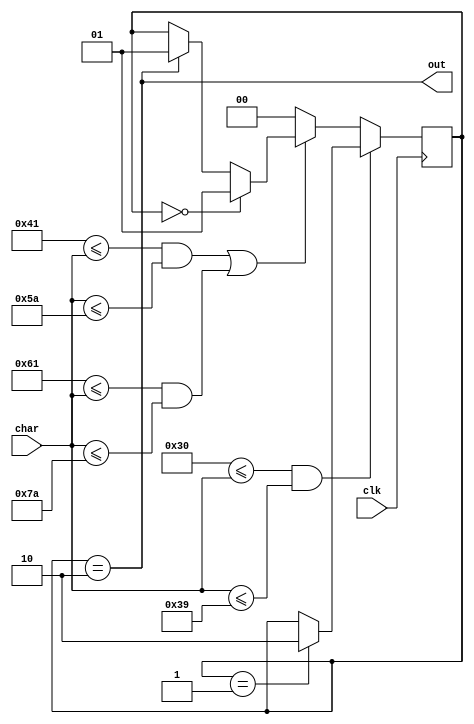
`timescale 1ns / 1ps
//////////////////////////////////////////////////////////////////////////////////
// Company: 
// Engineer: 
// 
// Design Name: 
// Module Name:    id_fsm 
// Project Name: 
// Target Devices: 
// Tool versions: 
// Description: 
//
// Dependencies: 
//
// Revision: 
// Revision 0.01 - File Created
// Additional Comments: 
//
//////////////////////////////////////////////////////////////////////////////////
`define S0 2'b00
`define S1 2'b01
`define S2 2'b10
module id_fsm(
		input [7:0] char,
		input clk,
		output out
	);
	reg [1:0] now;
	assign out=(now==`S2);
	
	initial
	begin
		now<=`S0;
	end
	
	always @(posedge clk)
	begin
		if (8'd48<=char && char<=8'd57)//num
		begin
			if (now==`S1)
			begin
				now<=`S2;
			end
		end
		else if (8'd65<=char && char<=8'd90 || 8'd97<=char && char<=8'd122)//alpha
		begin
			if (now==`S0)
			begin
				now<=`S1;
			end
			else
			if (now==`S2)
			begin
				now<=`S1;
			end
		end
		else//other
		begin
			now<=`S0;
		end
	end
	
endmodule